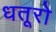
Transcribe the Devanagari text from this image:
धतूरो